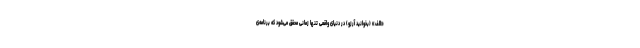
«الف» (بخوانید آرزو) در دنیای واقعی تنها زمانی محقق می‌شود که برنامه‌ی